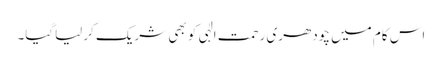
اس کام میں چودھری رحمت الٰہی کو بھی شریک کرلیاگیا۔